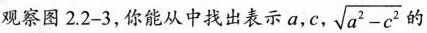
观察图2.2-3，你能从中找出表示a,c,$$\sqrt{a^{2}-c^{2}}$$的